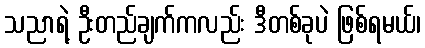
သညာရဲ့ ဦးတည်ချက်ကလည်း ဒီတစ်ခုပဲ ဖြစ်ရမယ်၊